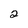
Character: 2